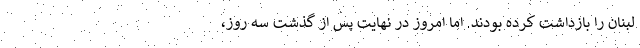
لبنان را بازداشت کرده بودند. اما امروز در نهایت پس از گذشت سه روز،